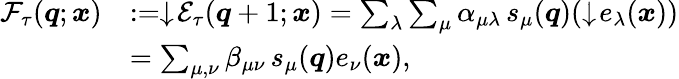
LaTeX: \begin{array}{rl}{\mathcal{F}_{\tau}(\boldsymbol{q};\boldsymbol{x})}&{:=\downarrow\! \mathcal{E}_{\tau}(\boldsymbol{q}+1;\boldsymbol{x})=\sum_{\lambda}\sum_{\mu}\alpha_{\mu\lambda}\, s_{\mu}(\boldsymbol{q})(\downarrow\! e_{\lambda}(\boldsymbol{x}))}\\ &{=\sum_{\mu,\nu}\beta_{\mu\nu}\, s_{\mu}(\boldsymbol{q})e_{\nu}(\boldsymbol{x}),}\end{array}